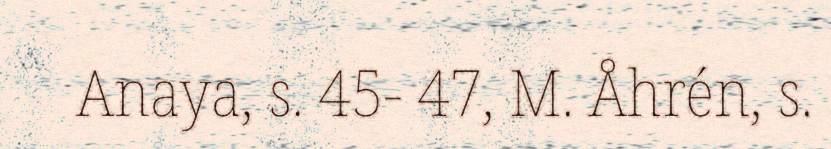
Anaya, s. 45- 47, M. Åhrén, s.